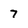
Character: 7